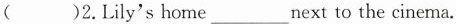
( )2.Lily's home___next to the cinema.